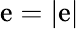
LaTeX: \mathrm{e}=\left|\mathbf{{\mathrm{e}}}\right|